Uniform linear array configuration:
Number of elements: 8
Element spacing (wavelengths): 0.25
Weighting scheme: uniform
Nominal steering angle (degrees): -60
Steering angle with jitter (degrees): -61.935
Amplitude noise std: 0.05
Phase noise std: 0.05

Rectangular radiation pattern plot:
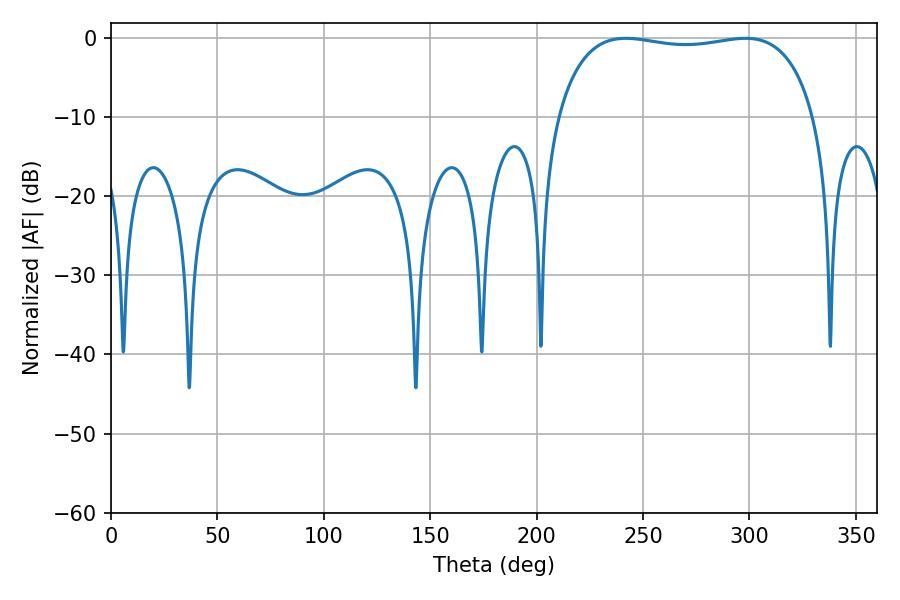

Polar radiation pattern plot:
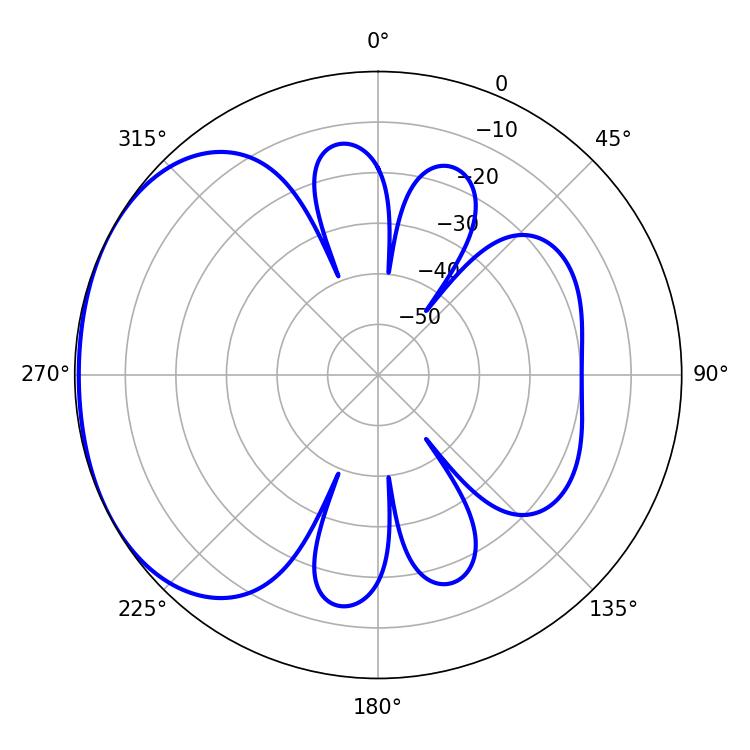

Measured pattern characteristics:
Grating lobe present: FALSE
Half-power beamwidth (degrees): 97.56
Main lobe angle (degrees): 241.92